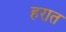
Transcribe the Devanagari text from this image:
हरात